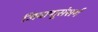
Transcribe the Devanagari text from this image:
जिवाणूसंसर्ग